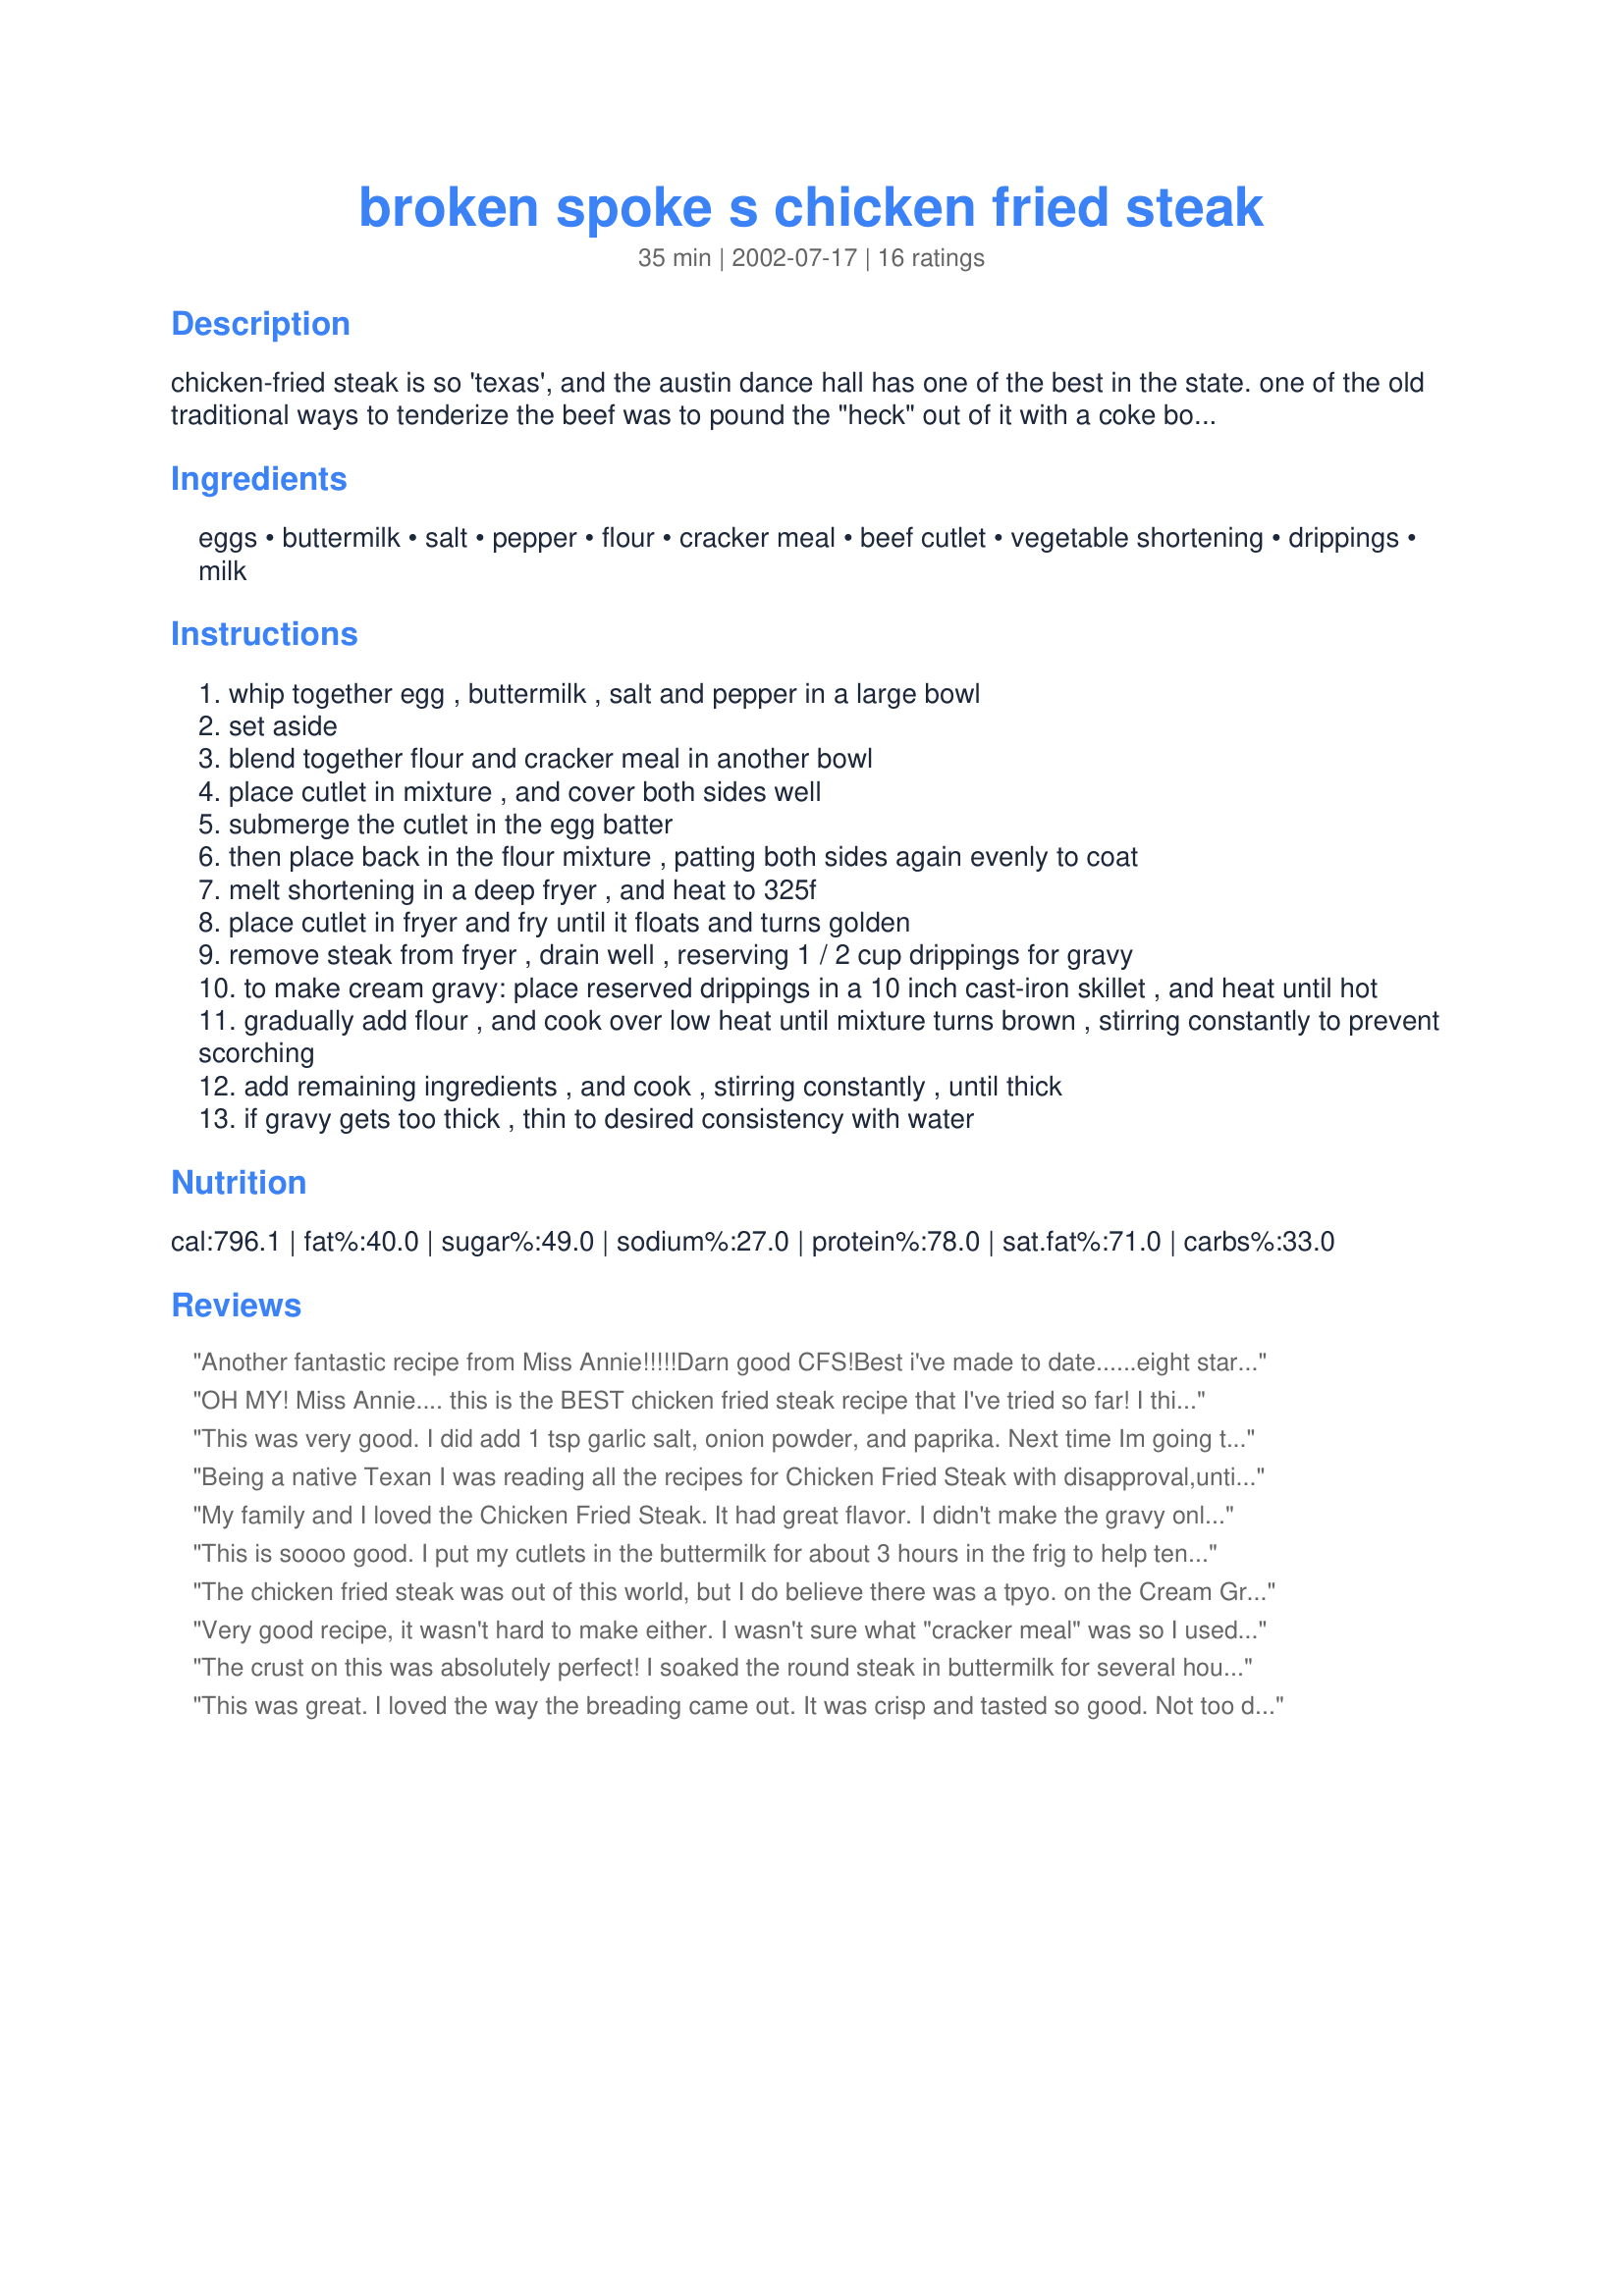
broken spoke s chicken fried steak
Preparation time: 35 minutes

chicken-fried steak is so 'texas', and the austin dance hall has one of the best in the state. one of the old traditional ways to tenderize the beef was to pound the "heck" out of it with a coke bottle or saucer. rich, peppery gravy is a must for a successful chicken-fried steak. i recommend a round steak, pounded into tender submission by hand rather than machine-tenderized cube steaks.

Ingredients:
eggs, buttermilk, salt, pepper, flour, cracker meal, beef cutlet, vegetable shortening, drippings, milk

Steps:
whip together egg , buttermilk , salt and pepper in a large bowl
set aside
blend together flour and cracker meal in another bowl
place cutlet in mixture , and cover both sides well
submerge the cutlet in the egg batter
then place back in the flour mixture , patting both sides again evenly to coat
melt shortening in a deep fryer , and heat to 325f
place cutlet in fryer and fry until it floats and turns golden
remove steak from fryer , drain well , reserving 1 / 2 cup drippings for gravy
to make cream gravy: place reserved drippings in a 10 inch cast-iron skillet , and heat until hot
gradually add flour , and cook over low heat until mixture turns brown , stirring constantly to prevent scorching
add remaining ingredients , and cook , stirring constantly , until thick
if gravy gets too thick , thin to desired consistency with water

Reviews:
Another fantastic recipe from Miss Annie!!!!!Darn good CFS!Best i've made to date......eight stars!PeggyLynn
OH MY! Miss Annie.... this is the BEST chicken fried steak recipe that I've tried so far! I think the secret is the cracker crumbs and I wouldn't change a thing! It's even better than my Mom's recipe... but don't tell her I said that! LOL I'll be using your recipe for many years to come! Thanks so much for sharing!
This was very good. I did add 1 tsp garlic salt, onion powder, and paprika. Next time Im going to spice the meat a few hours before cooking with some lawrys seasoning salt and some garlic.
Being a native Texan I was reading all the recipes for Chicken Fried Steak with disapproval,until I got to this one. This is the only one I saw with the "secret" ingredient that all good Texas cooks use, cracker crumbs! It makes all the difference in the world. Keep up the good work.
My family and I loved the Chicken Fried Steak. It had great flavor. I didn't make the gravy only becuase I use a white pepper gravy that we all like. I do have a question, the crust didn't stay on for me. As soon as it hit the oil it would fall off. I'm not sure how to stop that from happening. I have to say the flavor reminded me of my mom's cooking, it was wonderful!
This is soooo good. I put my cutlets in the buttermilk for about 3 hours in the frig to help tenderize. Awesome recipe!
The chicken fried steak was out of this world, but I do believe there was a tpyo. on the Cream Gravy recipe. I tried the gravy recipe as printed above and both my husband and I were sick to our stomachs. I tried it again with equal amounts of grease and flour (1/4 cup each). This worked better for us and was just as tasty.
Very good recipe, it wasn't hard to make either. I wasn't sure what "cracker meal" was so I used my regular coating of crushed saltines mixed with wondra. Thanks!
The crust on this was absolutely perfect! I soaked the round steak in buttermilk for several hours, then patted them dry and pounded them. I seasoned the meat lightly with seasoning salt. I also added 1/2 t garlic salt, 1/2 t garlic pepper, 1/2 t onion pepper, 1/2 t paprika and 1/4 t pepper to the dry ingredients. My gravy didn't have quite enough flour, so I added a beef boullion cube. Then it was perfect! Thanks Miss Annie:)
This was great. I loved the way the breading came out. It was crisp and tasted so good. Not too difficult to make if you don't mind a little bit of mess from all the flour and dipping the cutlets. Much better in taste than the local resturants in my area (I am in Texas).
Mmmm, this is just plain ol' comfort food and I'm not even from Texas! I confess, I did use cube steaks but they were still delicious! I love the combination of the flour and cracker meal in the coating (I used crushed Ritz) and frying them in melted shortening made them nice and crisp but not greasy. I did add a few more seasonings to my gravy but all in all, this was so yummy. This is the way I'll make chicken-fried steak from now on.
This was very good. I was raised in Texas. I live on the east coast now and I cant tell you how many times ive ran into the brown gravy on a chicken fried something. This one reminds me of home. Thanks!!
The best chicken fried steak I've ever made! Thanks to Miss Annie's recipe. It's a new family fave for sure. I also adjusted the drippings in the gravy recipe to 1/4 cup. I do believe I'll be using this same method for fried chicken. Absolutely delicious!
Well, Miss Annie, I was a hankerin' for some good Texas cookin'...so I whipped out my trusty ole Z.cookbook and Miss Annie's Texas Chicken Fried Steak put a calf-hold on my appetite. LOL Absolutely THE BEST chicken fried steak ever...now, my Mamma's recipe takes a second place--*sorry, Mamma*. Thanks, Miss Annie, for postin' this here little Texas jewel and as they say in East Texas...it was larapin'good! Yehhh Hawww!
I am from Texas and have been eating chicken fried steak ever since I can remember. I just tried the crust part of the recipe, the butermilk and crackers got my intrest so I tried it. This has a very good crust, I don't care for those crusts that are thicker than the meat, I like the meat, this is just right with a nice flavor and crispiness. Very good, I will do this again. I didn't make the gravy posted above because I know how to make gravy so I made my own according to how much I needed.
Shore glad Texas dreamed up this recipe! It really does a number on round steak. Super-easy recipe to prepare and hurry to the table. We enjoyed every bite.
Thanks for posting, Miss Annie.
Laudee C.
